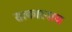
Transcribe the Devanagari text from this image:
साकारनाच